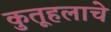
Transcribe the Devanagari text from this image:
कुतूहलाचे